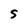
Character: s